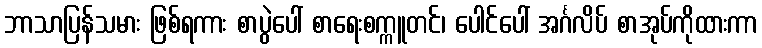
ဘာသာပြန်သမား ဖြစ်ရကား စာပွဲပေါ် စာရေးစက္ကူတင်၊ ပေါင်ပေါ် အင်္ဂလိပ် စာအုပ်ကိုထားကာ